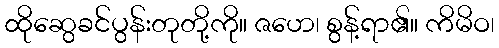
ထိုဆွေခင်ပွန်းတုတို့ကို။ ဇဟေ၊ စွန့်ရာ၏။ ကိမိဝ၊